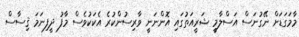
މާމަގަޑަށް ނޭގުނަސް އަސްލާމީ ޝަރީއަތުގައި އޮންނަނީ ވާރިސުންކުރެ އެކަކުވެސް މާފު ދީފިނަމަ ޤިސާސް